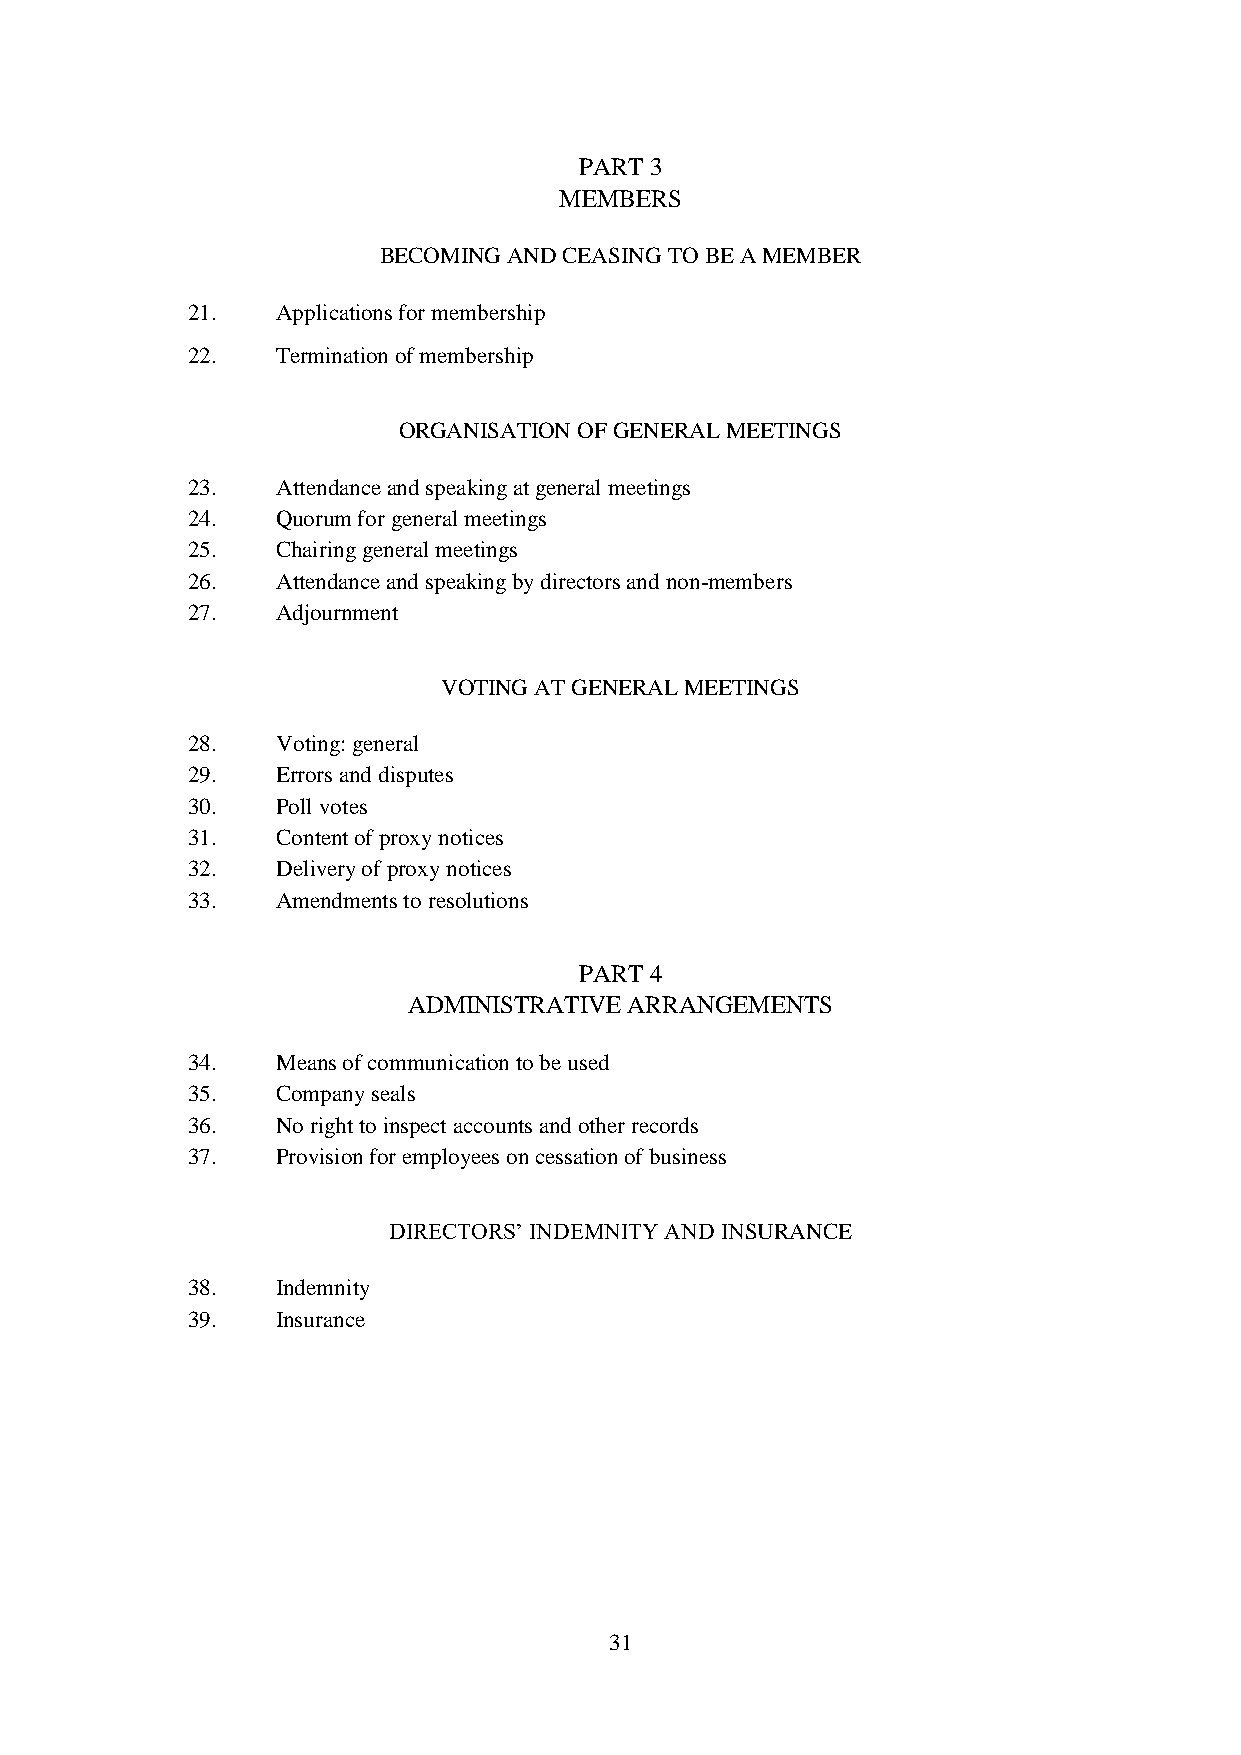
PART 3
 MEMBERS
 BECOMING AND CEASING TO BE A MEMBER
 21.   Applications for membership
 22.   Termination of membership
 ORGANISATION OF GENERAL MEETINGS
 23.   Attendance and speaking at general meetings
 24.   Quorum for general meetings
 25.   Chairing general meetings
 26.   Attendance and speaking by directors and non-members
 27.   Adjournment
 VOTING AT GENERAL MEETINGS
 28.   Voting: general
 29.   Errors and disputes
 30.   Poll votes
 31.   Content of proxy notices
 32.   Delivery of proxy notices
 33.   Amendments to resolutions
 PART 4
 ADMINISTRATIVE ARRANGEMENTS
 34.   Means of communication to be used
 35.   Company seals
 36.   No right to inspect accounts and other records
 37.   Provision for employees on cessation of business
 DIRECTORS’ INDEMNITY AND INSURANCE
 38.   Indemnity
 39.   Insurance
 31